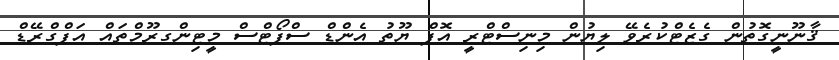
ޤާނޫނީގޮތުން ގެޒެޓްކުރެވޭ ލިޔުން މިނިސްޓްރީ އޮފް ޔޫތު އެންޑް ސްޕޯޓްސް މީޓިންގރޫމްތައް އަޕްގްރޭޑް